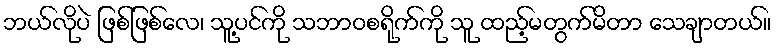
ဘယ်လိုပဲ ဖြစ်ဖြစ်လေ၊ သူ့ပင်ကို သဘာဝစရိုက်ကို သူ ထည့်မတွက်မိတာ သေချာတယ်။